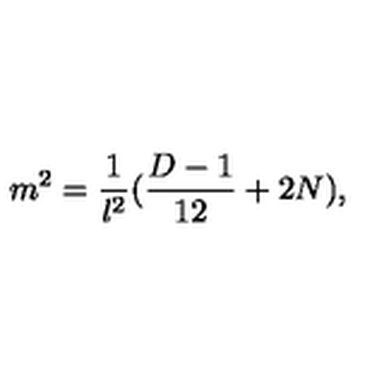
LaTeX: m ^ { 2 } = \frac { 1 } { l ^ { 2 } } ( \frac { D - 1 } { 1 2 } + 2 N ) ,